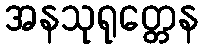
အနသုရုတ္တေန